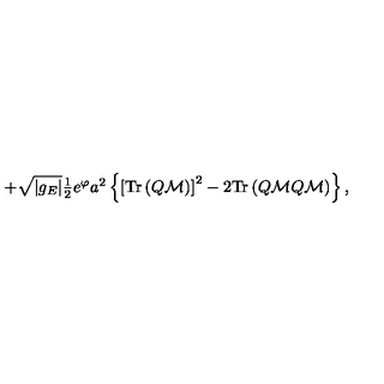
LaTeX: + \sqrt { | g _ { E } | } \textstyle { \frac { 1 } { 2 } } e ^ { \varphi } a ^ { 2 } \left\{ \left[ \mathrm { T r } \left( Q \mathcal { M } \right) \right] ^ { 2 } - 2 \mathrm { T r } \left( Q \mathcal { M } Q \mathcal { M } \right) \right\} ,